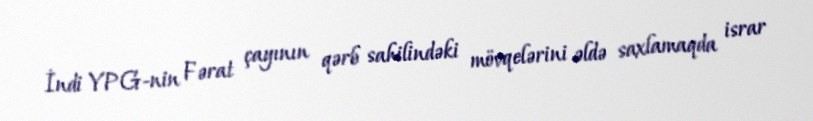
İndi YPG-nin Fərat çayının qərb sahilindəki mövqelərini əldə saxlamaqda israr